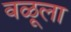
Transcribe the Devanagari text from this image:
वळूला